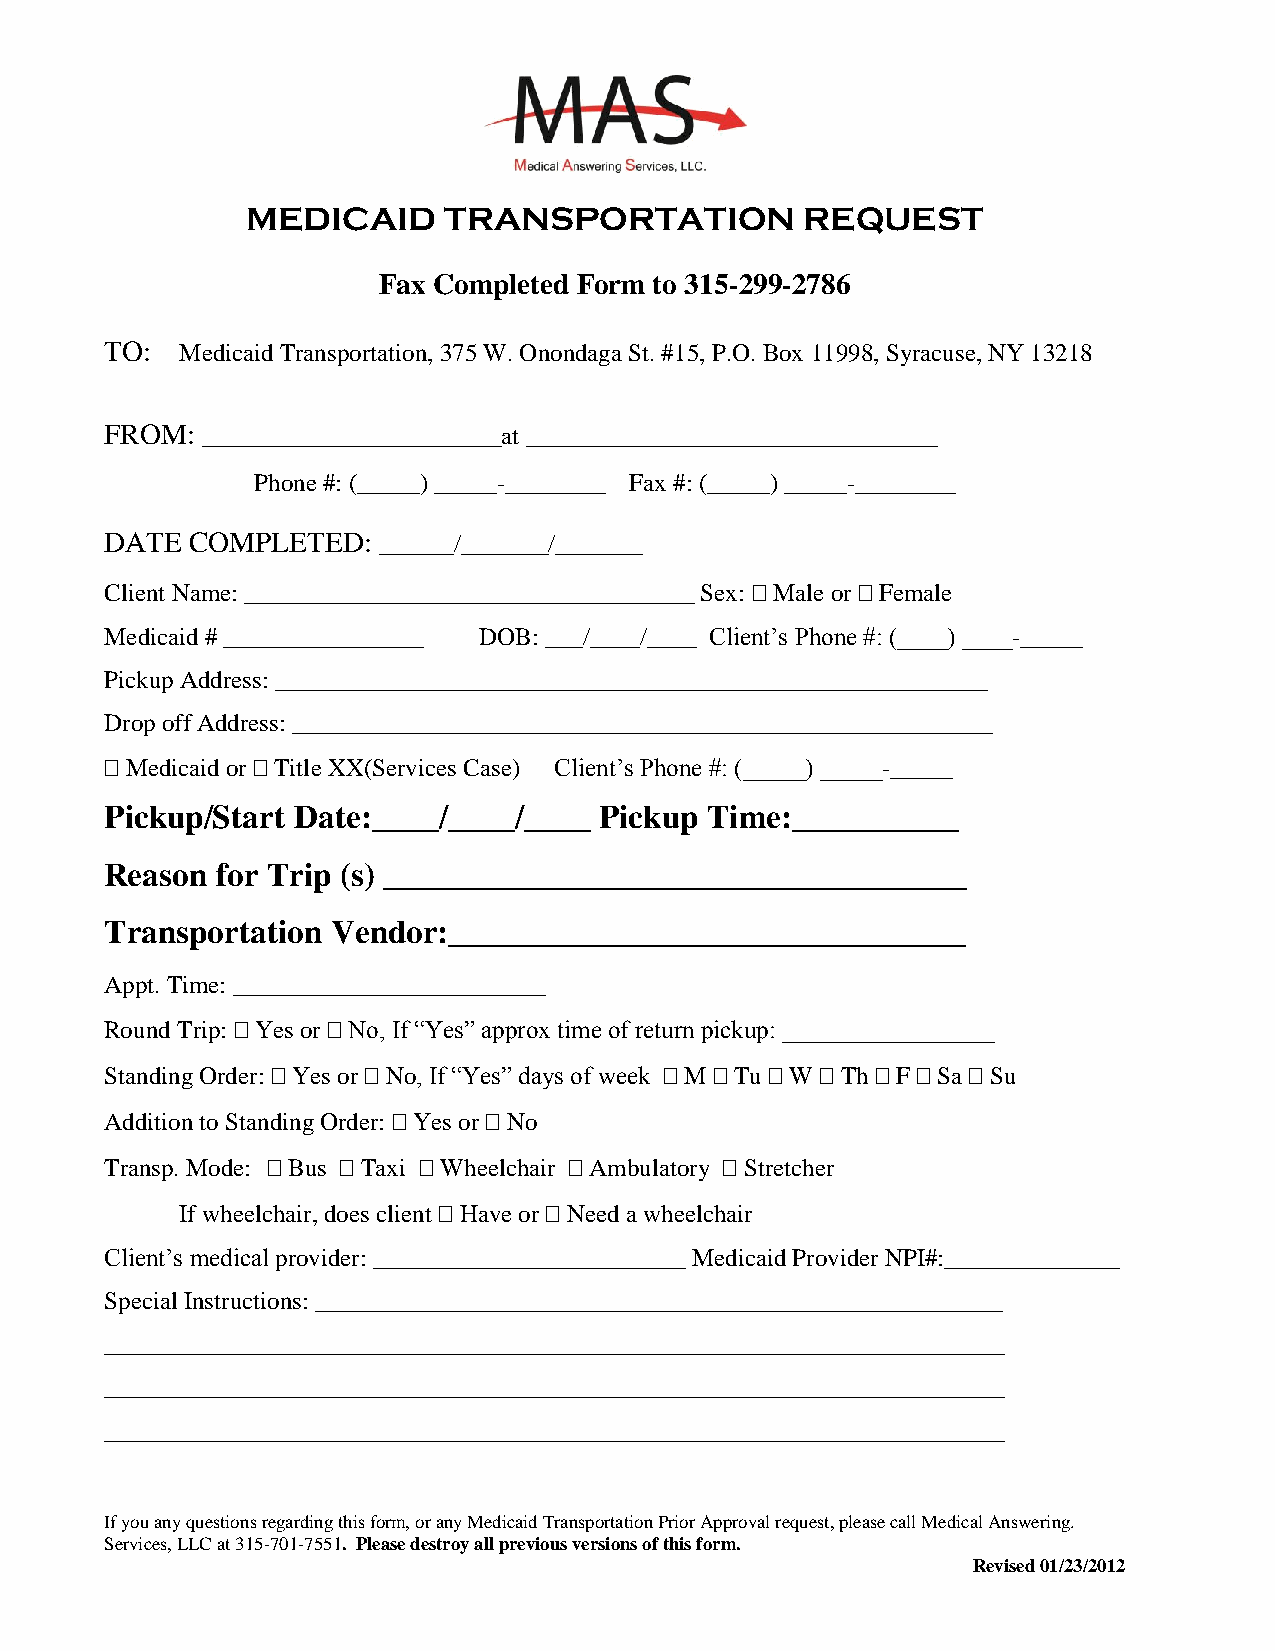
MEDICAID     TRANSPORTATION          REQUEST
 Fax Completed Form to 315-299-2786
 TO:  Medicaid Transportation, 375 W. Onondaga St. #15, P.O. Box 11998, Syracuse, NY 13218
 FROM: ________________________at _________________________________
 Phone #: (_____) _____-________ Fax #: (_____) _____-________
 DATE  COMPLETED:  ______/_______/_______
 Client Name: ____________________________________ Sex:  Male or  Female
 Medicaid # ________________ DOB: ___/____/____ Client’s Phone #: (____) ____-_____
 Pickup Address: _________________________________________________________
 Drop off Address: ________________________________________________________
  Medicaid or  Title XX(Services Case) Client’s Phone #: (_____) _____-_____
 Pickup/Start Date:____/____/____ Pickup Time:__________
 Reason for Trip (s) ___________________________________
 Transportation Vendor:_______________________________
 Appt. Time: _________________________
 Round Trip:  Yes or  No, If “Yes” approx time of return pickup: _________________
 Standing Order:  Yes or  No, If “Yes” days of week  M  Tu  W  Th  F  Sa  Su
 Addition to Standing Order:  Yes or  No
 Transp. Mode:  Bus  Taxi  Wheelchair  Ambulatory  Stretcher
 If wheelchair, does client  Have or  Need a wheelchair
 Client’s medical provider: _________________________ Medicaid Provider NPI#:______________
 Special Instructions: _______________________________________________________
 ________________________________________________________________________
 ________________________________________________________________________
 ________________________________________________________________________
 If you any questions regarding this form, or any Medicaid Transportation Prior Approval request, please call Medical Answering.
 Services, LLC at 315-701-7551. Please destroy all previous versions of this form.
 Revised 01/23/2012